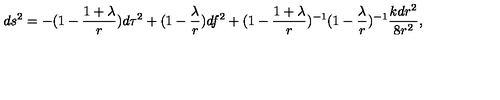
d s ^ { 2 } = - ( 1 - \frac { 1 + \lambda } { r } ) d \tau ^ { 2 } + ( 1 - \frac { \lambda } { r } ) d f ^ { 2 } + ( 1 - \frac { 1 + \lambda } { r } ) ^ { - 1 } ( 1 - \frac { \lambda } { r } ) ^ { - 1 } \frac { k d r ^ { 2 } } { 8 r ^ { 2 } } ,